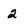
Character: 2